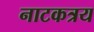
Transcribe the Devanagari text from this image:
नाटकत्रय